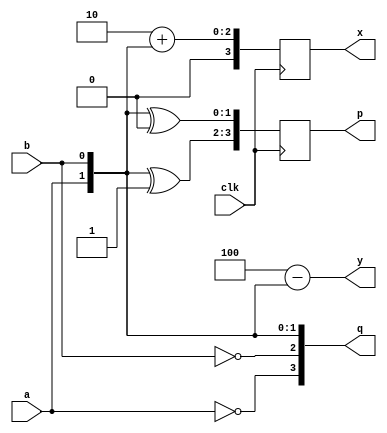
module forloops01 (input clk, a, b, output reg [3:0] p, q, x, y);
	integer k;
	always @(posedge clk) begin
		for (k=0; k<2; k=k+1)
			p[2*k +: 2] = {a, b} ^ {2{k}};
		x <= k + {a, b};
	end
	always @* begin
		for (k=0; k<4; k=k+1)
			q[k] = {~a, ~b, a, b} >> k[1:0];
		y = k - {a, b};
	end
endmodule

module forloops02 (input clk, a, b, output reg [3:0] q, x, output [3:0] y);
	integer k;
	always @* begin
		for (k=0; k<4; k=k+1)
			q[k] = {~a, ~b, a, b} >> k[1:0];
	end
	always @* begin
		x = k + {a, b};
	end
	assign y = k - {a, b};
endmodule